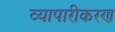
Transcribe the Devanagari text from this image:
व्‍यापारीकरण